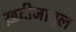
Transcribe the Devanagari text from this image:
ख़दीजातुल